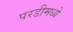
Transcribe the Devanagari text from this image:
परडीमध्ये